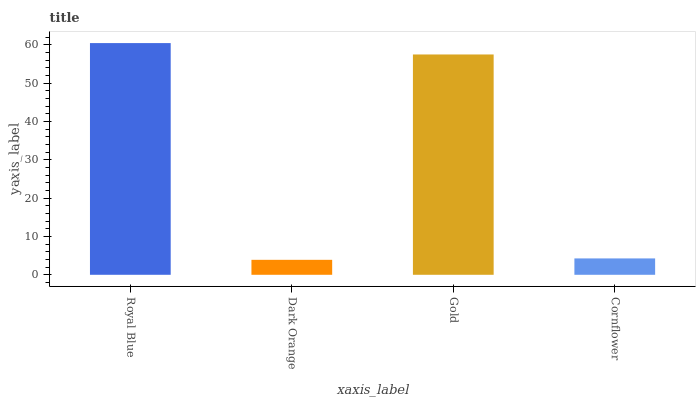
| xaxis_label | bars |
 | --- | --- |
 | Royal Blue | 60.4 |
 | Dark Orange | 3.9 |
 | Gold | 57.5 |
 | Cornflower | 4.27 |